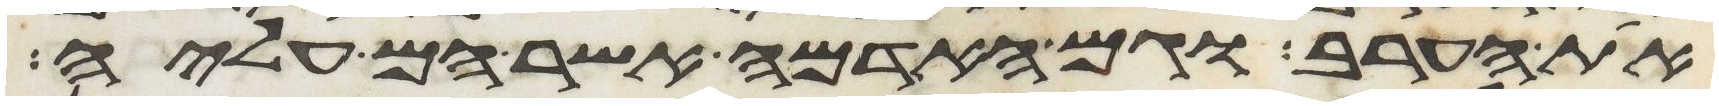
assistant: את הערב וגם האדמה אשר הם עליה